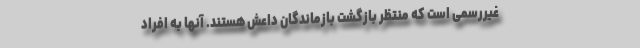
غیررسمی است که منتظر بازگشت بازماندگان داعش هستند. آنها به افراد